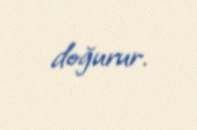
doğurur.